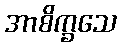
အာစိက္ခသေ